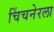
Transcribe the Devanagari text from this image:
चिंचनेरला